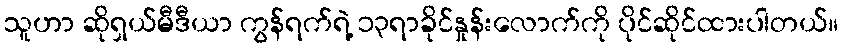
သူဟာ ဆိုရှယ်မီဒီယာ ကွန်ရက်ရဲ့ ၁၃ရာခိုင်နှုန်းလောက်ကို ပိုင်ဆိုင်ထားပါတယ်။